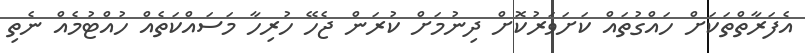
އެފަރާތްތަކަށް ހައްގުތައް ކަށަވަރުކޮށް ދިނުމަށް ކުރަން ޖެހޭ ހުރިހާ މަސައްކަތެއް ހުއްޓުމެއް ނެތި